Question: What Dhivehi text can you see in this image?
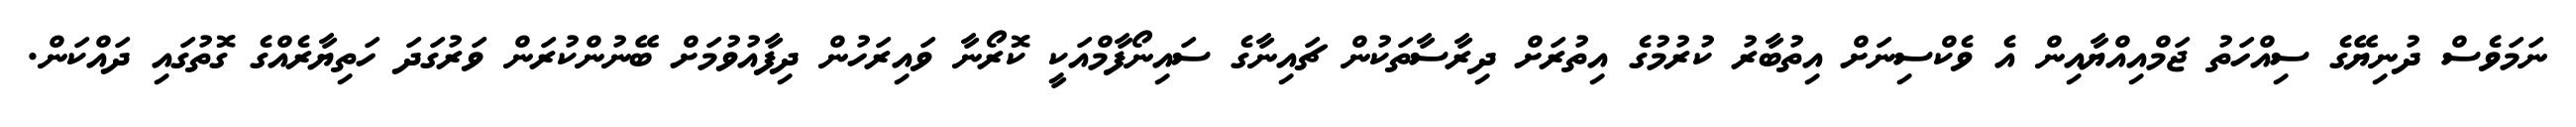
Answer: ނަމަވެސް ދުނިޔޭގެ ސިއްހަތު ޖަމްއިއްޔާއިން އެ ވެކްސިނަށް އިތުބާރު ކުރުމުގެ އިތުރަށް ދިރާސާތަކުން ޗައިނާގެ ސައިނޯފާމްއަކީ ކޮރޯނާ ވައިރަހުން ދިފާއުވުމަށް ބޭނުންކުރަން ވަރުގަދަ ހަތިޔާރެއްގެ ގޮތުގައި ދައްކަން.